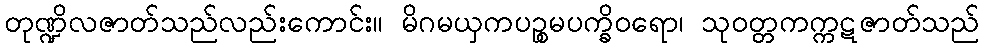
တုဏ္ဍိလဇာတ်သည်လည်းကောင်း။ မိဂမယှကပဉ္စမပက္ခိဝရော၊ သုဝတ္တကက္ကဋဇာတ်သည်